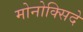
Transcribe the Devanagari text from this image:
मोनोक्सिदे